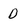
Character: D